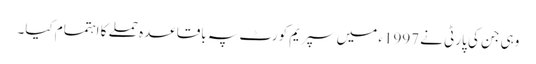
وہی جن کی پارٹی نے 1997ء میں سپریم کورٹ پہ باقاعدہ حملے کا اہتمام کیا۔